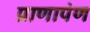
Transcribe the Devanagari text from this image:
प्राणापंण